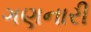
ગણનારી